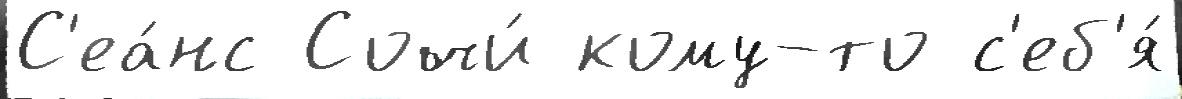
С'еа́нс Сочи́ кому-то с'еб'я́